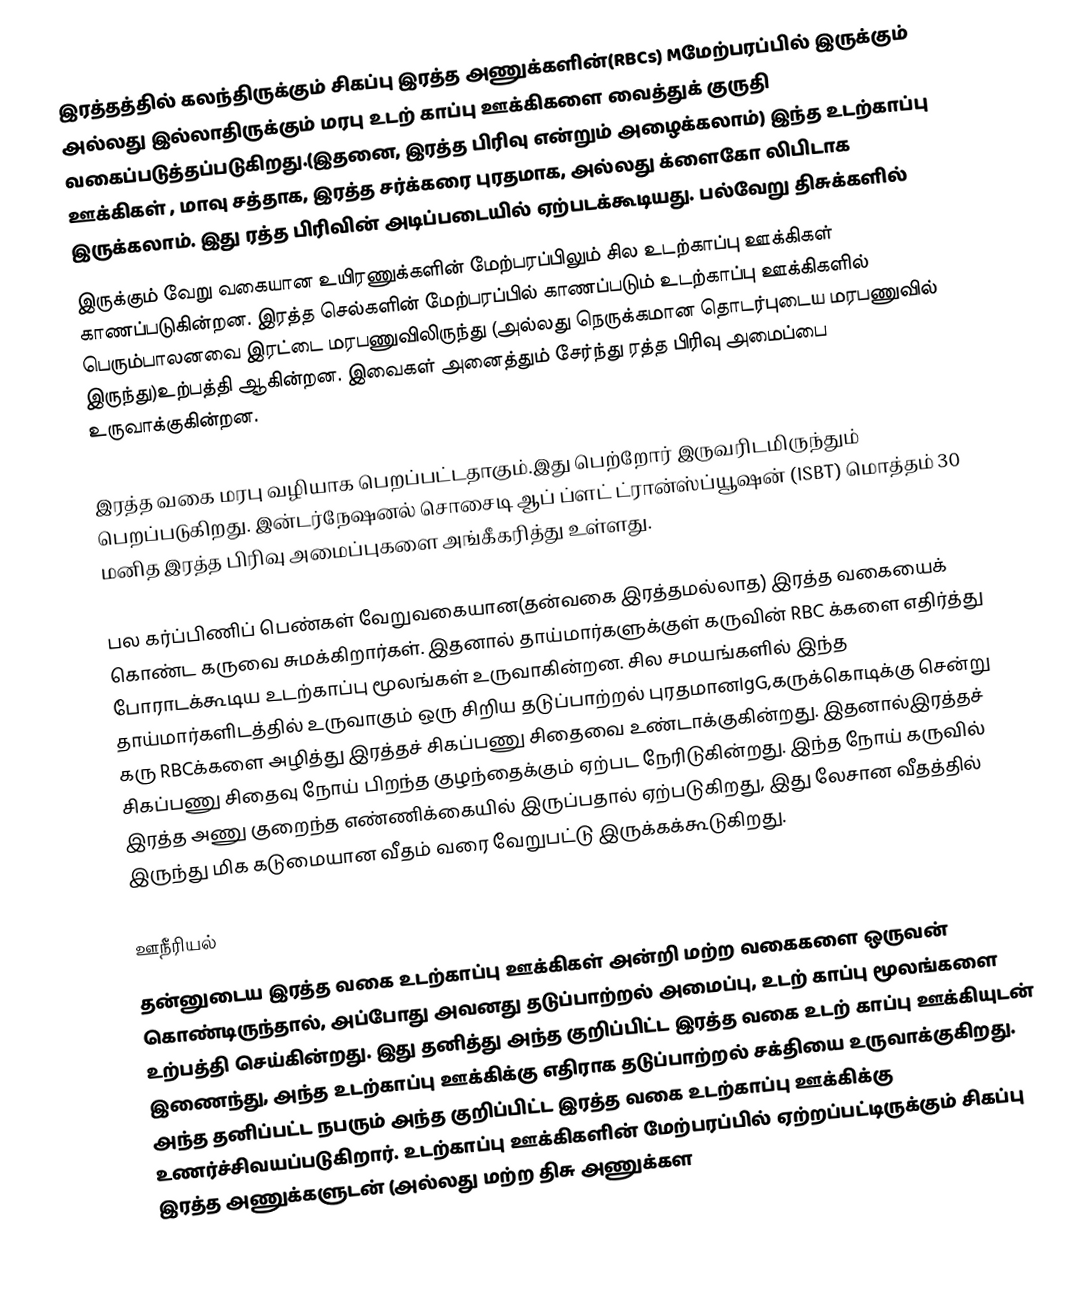
இரத்தத்தில் கலந்திருக்கும் சிகப்பு இரத்த அணுக்களின்(RBCs) Mமேற்பரப்பில் இருக்கும் அல்லது இல்லாதிருக்கும் மரபு உடற் காப்பு ஊக்கிகளை வைத்துக் குருதி வகைப்படுத்தப்படுகிறது.(இதனை, இரத்த பிரிவு என்றும் அழைக்கலாம்) இந்த உடற்காப்பு ஊக்கிகள் , மாவு சத்தாக, இரத்த சர்க்கரை புரதமாக, அல்லது க்ளைகோ லிபிடாக இருக்கலாம். இது ரத்த பிரிவின் அடிப்படையில் ஏற்படக்கூடியது.  பல்வேறு திசுக்களில்
இருக்கும் வேறு வகையான உயிரணுக்களின் மேற்பரப்பிலும் சில உடற்காப்பு ஊக்கிகள் காணப்படுகின்றன. இரத்த செல்களின் மேற்பரப்பில் காணப்படும் உடற்காப்பு ஊக்கிகளில் பெரும்பாலனவை இரட்டை மரபணுவிலிருந்து (அல்லது நெருக்கமான தொடர்புடைய மரபணுவில் இருந்து)உற்பத்தி ஆகின்றன. இவைகள் அனைத்தும் சேர்ந்து  ரத்த பிரிவு அமைப்பை உருவாக்குகின்றன.

இரத்த வகை மரபு வழியாக பெறப்பட்டதாகும்.இது பெற்றோர் இருவரிடமிருந்தும் பெறப்படுகிறது. இன்டர்நேஷனல் சொசைடி ஆப் ப்ளட் ட்ரான்ஸ்ப்யூஷன் (ISBT) மொத்தம் 30 மனித இரத்த பிரிவு அமைப்புகளை அங்கீகரித்து உள்ளது.

பல கர்ப்பிணிப் பெண்கள் வேறுவகையான(தன்வகை இரத்தமல்லாத) இரத்த வகையைக் கொண்ட கருவை சுமக்கிறார்கள். இதனால் தாய்மார்களுக்குள் கருவின் RBC க்களை எதிர்த்து போராடக்கூடிய உடற்காப்பு மூலங்கள் உருவாகின்றன. சில சமயங்களில் இந்த  தாய்மார்களிடத்தில்  உருவாகும் ஒரு சிறிய தடுப்பாற்றல் புரதமானIgG,கருக்கொடிக்கு சென்று கரு RBCக்களை அழித்து இரத்தச் சிகப்பணு சிதைவை உண்டாக்குகின்றது. இதனால்இரத்தச் சிகப்பணு சிதைவு நோய் பிறந்த குழந்தைக்கும் ஏற்பட நேரிடுகின்றது. இந்த நோய் கருவில் இரத்த அணு குறைந்த எண்ணிக்கையில் இருப்பதால் ஏற்படுகிறது, இது லேசான வீதத்தில் இருந்து மிக கடுமையான வீதம் வரை வேறுபட்டு இருக்கக்கூடுகிறது.

ஊநீரியல்
தன்னுடைய இரத்த வகை உடற்காப்பு ஊக்கிகள் அன்றி மற்ற வகைகளை ஒருவன் கொண்டிருந்தால், அப்போது அவனது தடுப்பாற்றல் அமைப்பு, உடற் காப்பு மூலங்களை உற்பத்தி செய்கின்றது. இது தனித்து அந்த குறிப்பிட்ட இரத்த வகை உடற் காப்பு ஊக்கியுடன் இணைந்து, அந்த உடற்காப்பு ஊக்கிக்கு எதிராக தடுப்பாற்றல் சக்தியை உருவாக்குகிறது. அந்த தனிப்பட்ட நபரும் அந்த குறிப்பிட்ட இரத்த வகை உடற்காப்பு ஊக்கிக்கு உணர்ச்சிவயப்படுகிறார். உடற்காப்பு ஊக்கிகளின் மேற்பரப்பில் ஏற்றப்பட்டிருக்கும் சிகப்பு இரத்த அணுக்களுடன் (அல்லது மற்ற திசு அணுக்கள